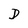
Character: D